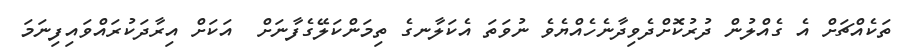
ތަކެއްޗަށް އެ ގެއްލުން ދުރުކޮށްދެވިދާނެހެއްޔެވެ ނުވަތަ އެކަލާނގެ ތިމަންކަލޭގެފާނަށް  އަކަށް އިރާދަކުރައްވައިފިނަމަ